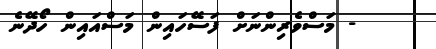
- މަސްވެރިންނަށް ފަސޭހައިން މަސްއައިން ހޯދޭނެ